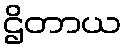
ဌိတာယ